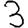
Digit: 3